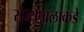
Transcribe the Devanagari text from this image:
राज्यपालांकडे